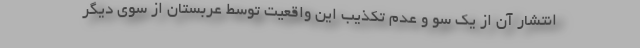
انتشار آن از یک سو و عدم تکذیب این واقعیت توسط عربستان از سوی دیگر